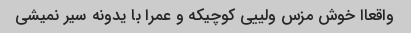
واقعاا خوش مزس ولییی کوچیکه و عمرا با یدونه سیر نمیشی